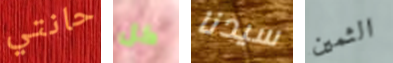
حانتي كل سيدنا الثمين